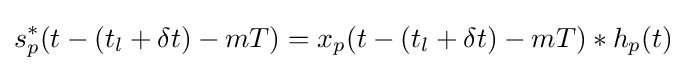
s_{p}^{*}(t-(t_{l}+\delta t)-mT)=x_{p}(t-(t_{l}+\delta t)-mT)*h_{p}(t)